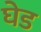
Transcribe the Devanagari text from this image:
घेड